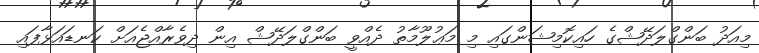
މިއަދު ބަންގްލަދޭޝްގެ ހައިކޮމިޝަންގައި މި މަޢުލޫމާތު ދެއްވީ ބަންގްލަދޭޝް އިން ދިވެރާއްޖެއަށް ކަނޑައަޅާފައި